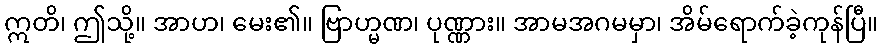
ဣတိ၊ ဤသို့။ အာဟ၊ မေး၏။ ဗြာဟ္မဏ၊ ပုဏ္ဏား။ အာမအဂမမှာ၊ အိမ်ရောက်ခဲ့ကုန်ပြီ။